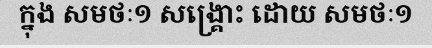
ក្នុង សមថៈ១ សង្គ្រោះ ដោយ សមថៈ១